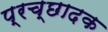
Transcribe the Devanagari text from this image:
प्रच्छादक